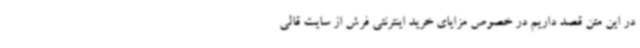
در این متن قصد داریم در خصوص مزایای خرید اینترنتی فرش از سایت قالی